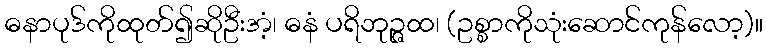
ဓနာပုဒ်ကိုထုတ်၍ဆိုဦးအံ့၊ ဓနံ ပရိဘုဉ္ဇထ၊ (ဥစ္စာကိုသုံးဆောင်ကုန်လော့)။